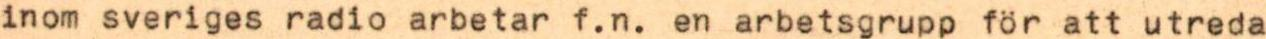
inom sveriges radio arbetar f.n. en arbetsgrupp för att utreda